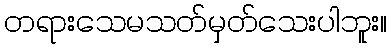
တရားသေမသတ်မှတ်သေးပါဘူး။